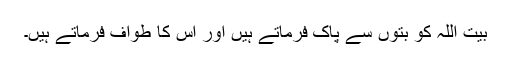
بیت اللہ کو بتوں سے پاک فرماتے ہیں اور اُس کا طواف فرماتے ہیں۔